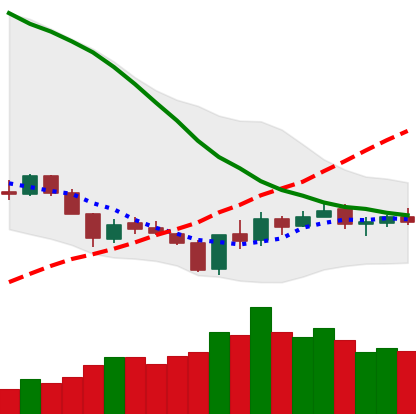
Ticker: XLM-USD
Chart end date: 2018-06-07
Forward return: -21.249%
Label: down_7plus